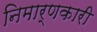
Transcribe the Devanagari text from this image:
निमार्णकारी